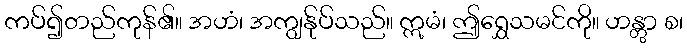
ကပ်၍တည်ကုန်၏။ အဟံ၊ အကျွန်ုပ်သည်။ ဣမံ၊ ဤရွှေသမင်ကို။ ဟန္တွာ စ၊